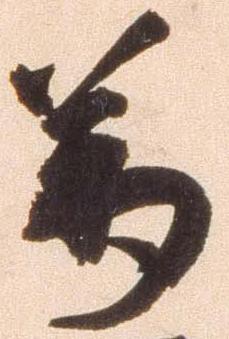
万